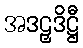
အဒဠှဒိဋ္ဌီ